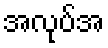
အလုပ်အ